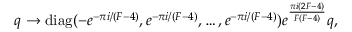
q \to \mathrm { d i a g } ( - e ^ { - \pi i / ( F - 4 ) } , e ^ { - \pi i / ( F - 4 ) } , \ldots , e ^ { - \pi i / ( F - 4 ) } ) e ^ { \frac { \pi i ( 2 F - 4 ) } { F ( F - 4 ) } } q ,